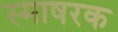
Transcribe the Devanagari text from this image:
स्माषरक